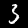
Label: 3